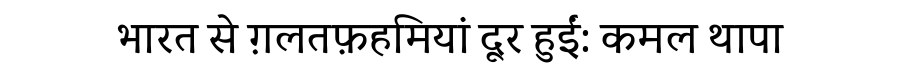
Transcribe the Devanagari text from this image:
भारत से ग़लतफ़हमियां दूर हुईं: कमल थापा